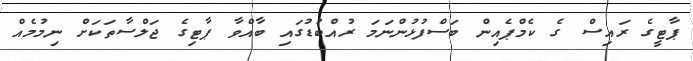
ޕާޓީގެ ރަޢިސް ގެ ކެމްޕެއިން ބަސްފުޅުންނަމަ ރުއްބުޑުގައި ބާއްވާ ޕާޓިގެ ޖަލްސާތަކަށް ނިމުމެއް